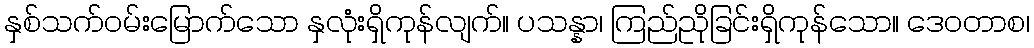
နှစ်သက်ဝမ်းမြောက်သော နှလုံးရှိကုန်လျက်။ ပသန္နာ၊ ကြည်ညိုခြင်းရှိကုန်သော။ ဒေဝတာစ၊